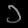
Digit: ၁